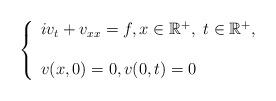
LaTeX: \begin{align*} \left \{ \begin{array}{l} iv_t +v_{xx} =f, x\in\mathbb{R}^+, \ t\in \mathbb{R}^+,\\ \\ v(x,0) =0 , v(0,t) = 0\end{array}\right.\end{align*}